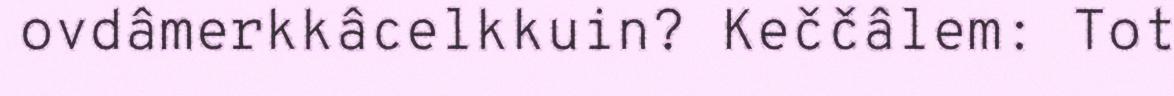
ovdâmerkkâcelkkuin? Keččâlem: Tot